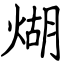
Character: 煳